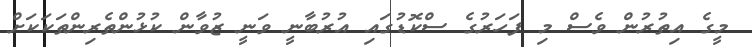
މީގެ އިތުރުން ވެސް މި ފަހަރުގެ ސްކޮޑުގައި އުރުބާނީ ވަނީ ޒުވާން ކުޅުންތެރިންތަކަކަށް